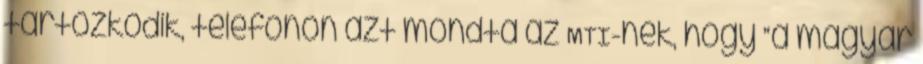
tartózkodik, telefonon azt mondta az MTI-nek, hogy “a magyar